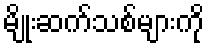
မျိုးဆက်သစ်များကို